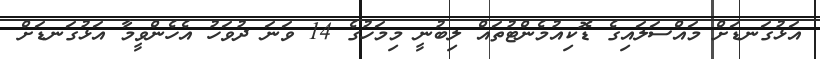
އަޅުގަނޑަށް މައްސަލައިގެ ޑޮކިއުމެންޓުތައް ލިބުނީ މިމަހުގެ 14 ވަނަ ދުވަހު އެހެންވީމާ އަޅުގަނޑަށް